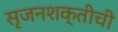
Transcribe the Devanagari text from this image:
सृजनशक्तीची